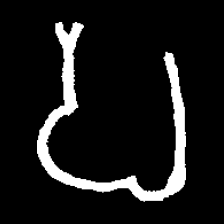
Pyu character \u2014 Myanmar letter: ပ (romanized: pa)